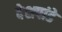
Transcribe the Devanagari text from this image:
देेशपांडे